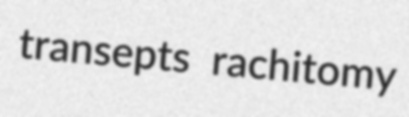
transepts rachitomy